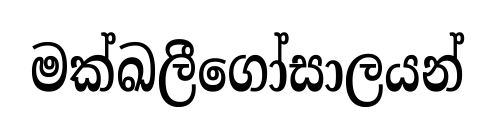
මක්ඛලීගෝසාලයන්